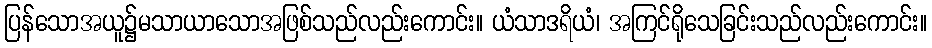
ပြန်သောအယူ၌မသာယာသောအဖြစ်သည်လည်းကောင်း။ ယံသာဒရိယံ၊ အကြင်ရိုသေခြင်းသည်လည်းကောင်း။